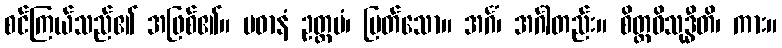
စင်ကြယ်သည်၏ အဖြစ်၏။ ပဓာနံ ဥတ္တမံ၊ မြတ်သော။ အင်္ဂံ၊ အင်္ဂါတည်း။ စိတ္တဝိသုဒ္ဓီတိ၊ ကား။